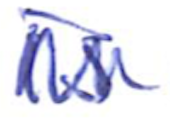
Text: is
Cross-out: zig-zag
Writing tool: ballpoint